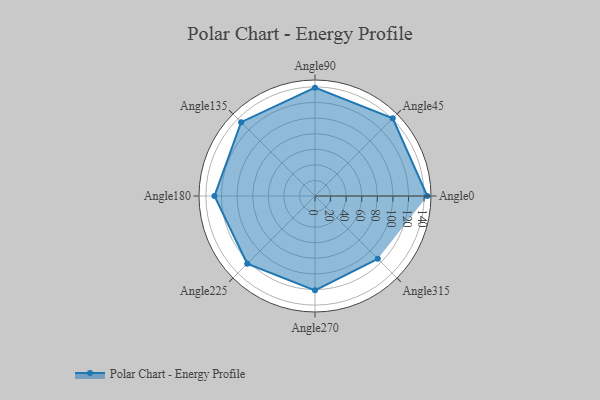
{"axis": {"x": "Angle", "y": "Radius"}, "legend": [""], "data": [{"x": "Angle0", "y": 144.0, "type": ""}, {"x": "Angle45", "y": 141.0, "type": ""}, {"x": "Angle90", "y": 139.0, "type": ""}, {"x": "Angle135", "y": 134.0, "type": ""}, {"x": "Angle180", "y": 129.0, "type": ""}, {"x": "Angle225", "y": 123.0, "type": ""}, {"x": "Angle270", "y": 121.0, "type": ""}, {"x": "Angle315", "y": 114.0, "type": ""}]}